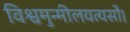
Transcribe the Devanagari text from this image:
विश्वमुन्मीलयत्यसौ।